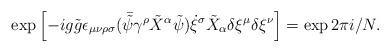
\begin{align*}\exp \left[ -ig \tilde{g} \epsilon_{\mu\nu\rho\sigma} (\bar{\tilde{\psi}} \gamma^\rho \tilde{X}^\alpha \tilde{\psi}) \dot{\xi}^\sigma \tilde{X}_\alpha \delta \xi^\mu \delta \xi^\nu \right] = \exp 2 \pi i/N.\end{align*}